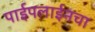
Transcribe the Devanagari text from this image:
पाईपलाईनचा